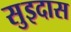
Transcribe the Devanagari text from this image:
सुइदास